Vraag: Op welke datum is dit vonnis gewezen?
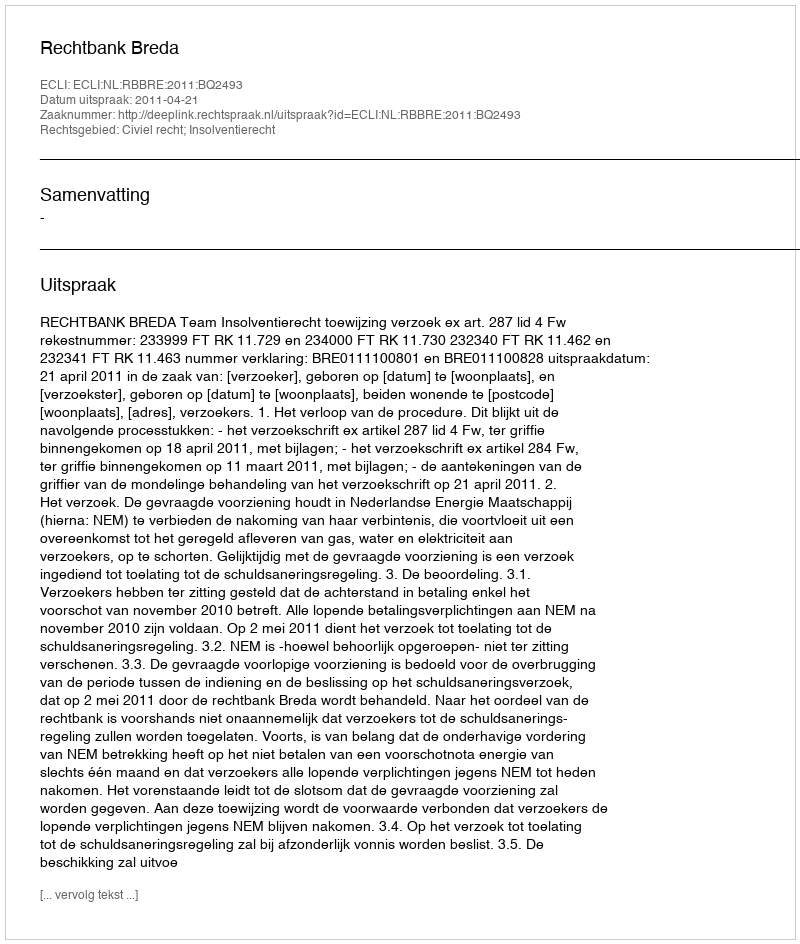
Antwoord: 2011-04-21